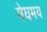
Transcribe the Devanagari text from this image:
मेघमय